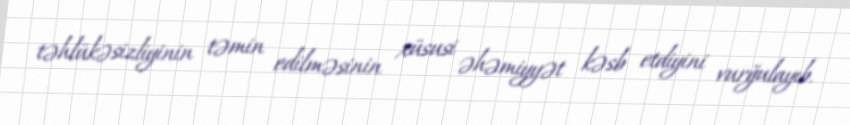
təhlükəsizliyinin təmin edilməsinin xüsusi əhəmiyyət kəsb etdiyini vurğulayıb.